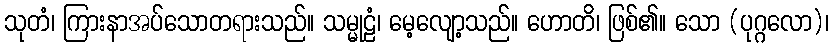
သုတံ၊ ကြားနာအပ်သောတရားသည်။ သမ္မုဠံ၊ မေ့လျော့သည်။ ဟောတိ၊ ဖြစ်၏။ သော (ပုဂ္ဂလော)၊